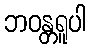
ဘဝန္တရူပါ